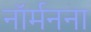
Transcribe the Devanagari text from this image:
नॉर्मनना